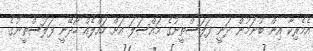
އެމެރިކާ އިން ބުނަމުން ދަނީ ފަލަސްތީނުގެ މައްސަލަ އަށް ހައްލެއް ހޯދޭނީ ފަލަސްތީނުގެ